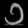
Digit: ၁